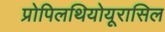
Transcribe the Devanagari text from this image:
प्रोपिलथियोयूरासिल